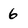
Character: 6